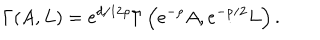
\Gamma ( A , L ) = { e ^ { d / 1 2 \rho } } \Gamma \left( { e ^ { - \rho } } A , { e ^ { - \rho / 2 } } L \right) .